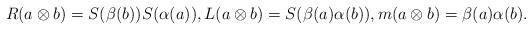
LaTeX: \begin{gather*} R(a\otimes b)=S(\beta (b))S(\alpha (a)), L(a\otimes b)=S(\beta (a)\alpha (b)), m(a\otimes b)=\beta (a)\alpha (b).\end{gather*}